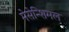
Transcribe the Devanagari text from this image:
मेसेन्शिमल